Civil Veterinary Dept. North-West Frontier Province 1933-46 - 1933-1946
Year: 1933
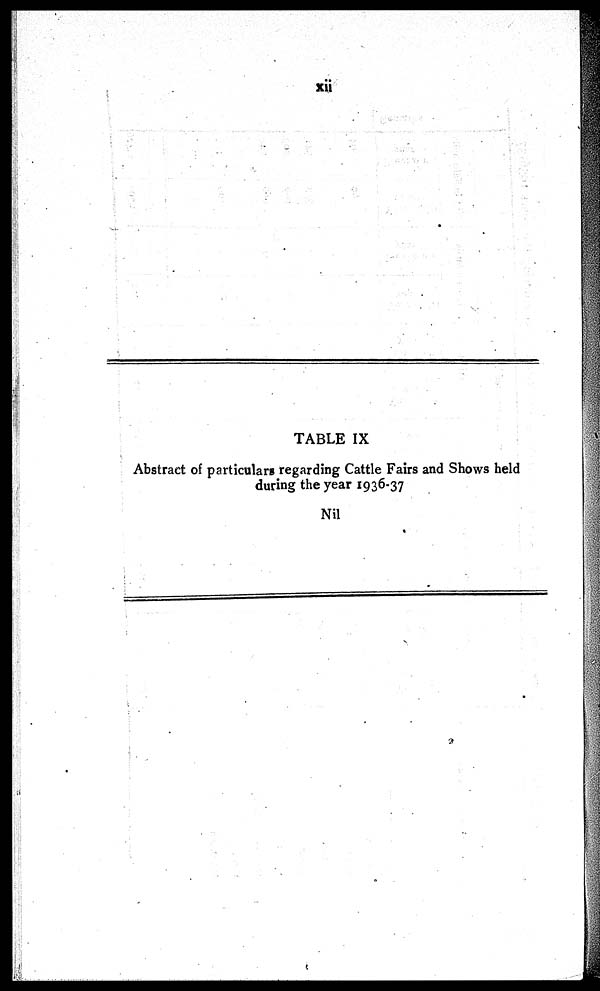
xii
TABLE IX
Abstract of particulars regarding Cattle Fairs and Shows held
during the year 1936-37
Nil